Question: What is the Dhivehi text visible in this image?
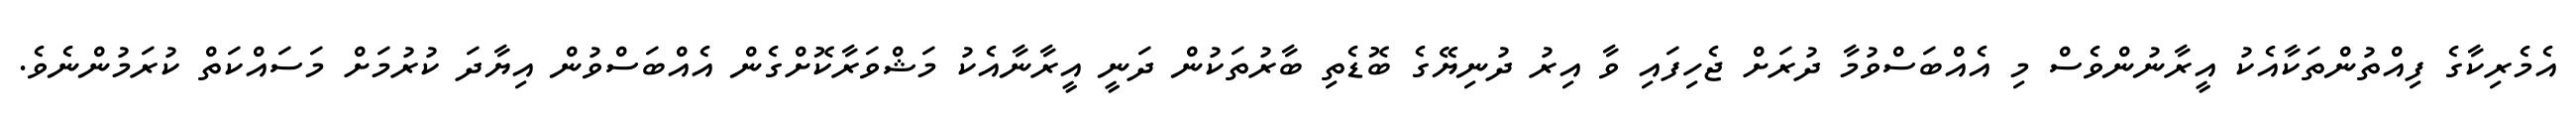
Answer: އެމެރިކާގެ ފިއްތުންތަކާއެކު އީރާނުންވެސް މި އެއްބަސްވުމާ ދުރަށް ޖެހިފައި ވާ އިރު ދުނިޔޭގެ ބޮޑެތި ބާރުތަކުން ދަނީ އީރާނާއެކު މަޝްވަރާކޮށްގެން އެއްބަސްވުން އިޔާދަ ކުރުމަށް މަސައްކަތް ކުރަމުންނެވެ.